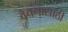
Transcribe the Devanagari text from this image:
वचनासाठी